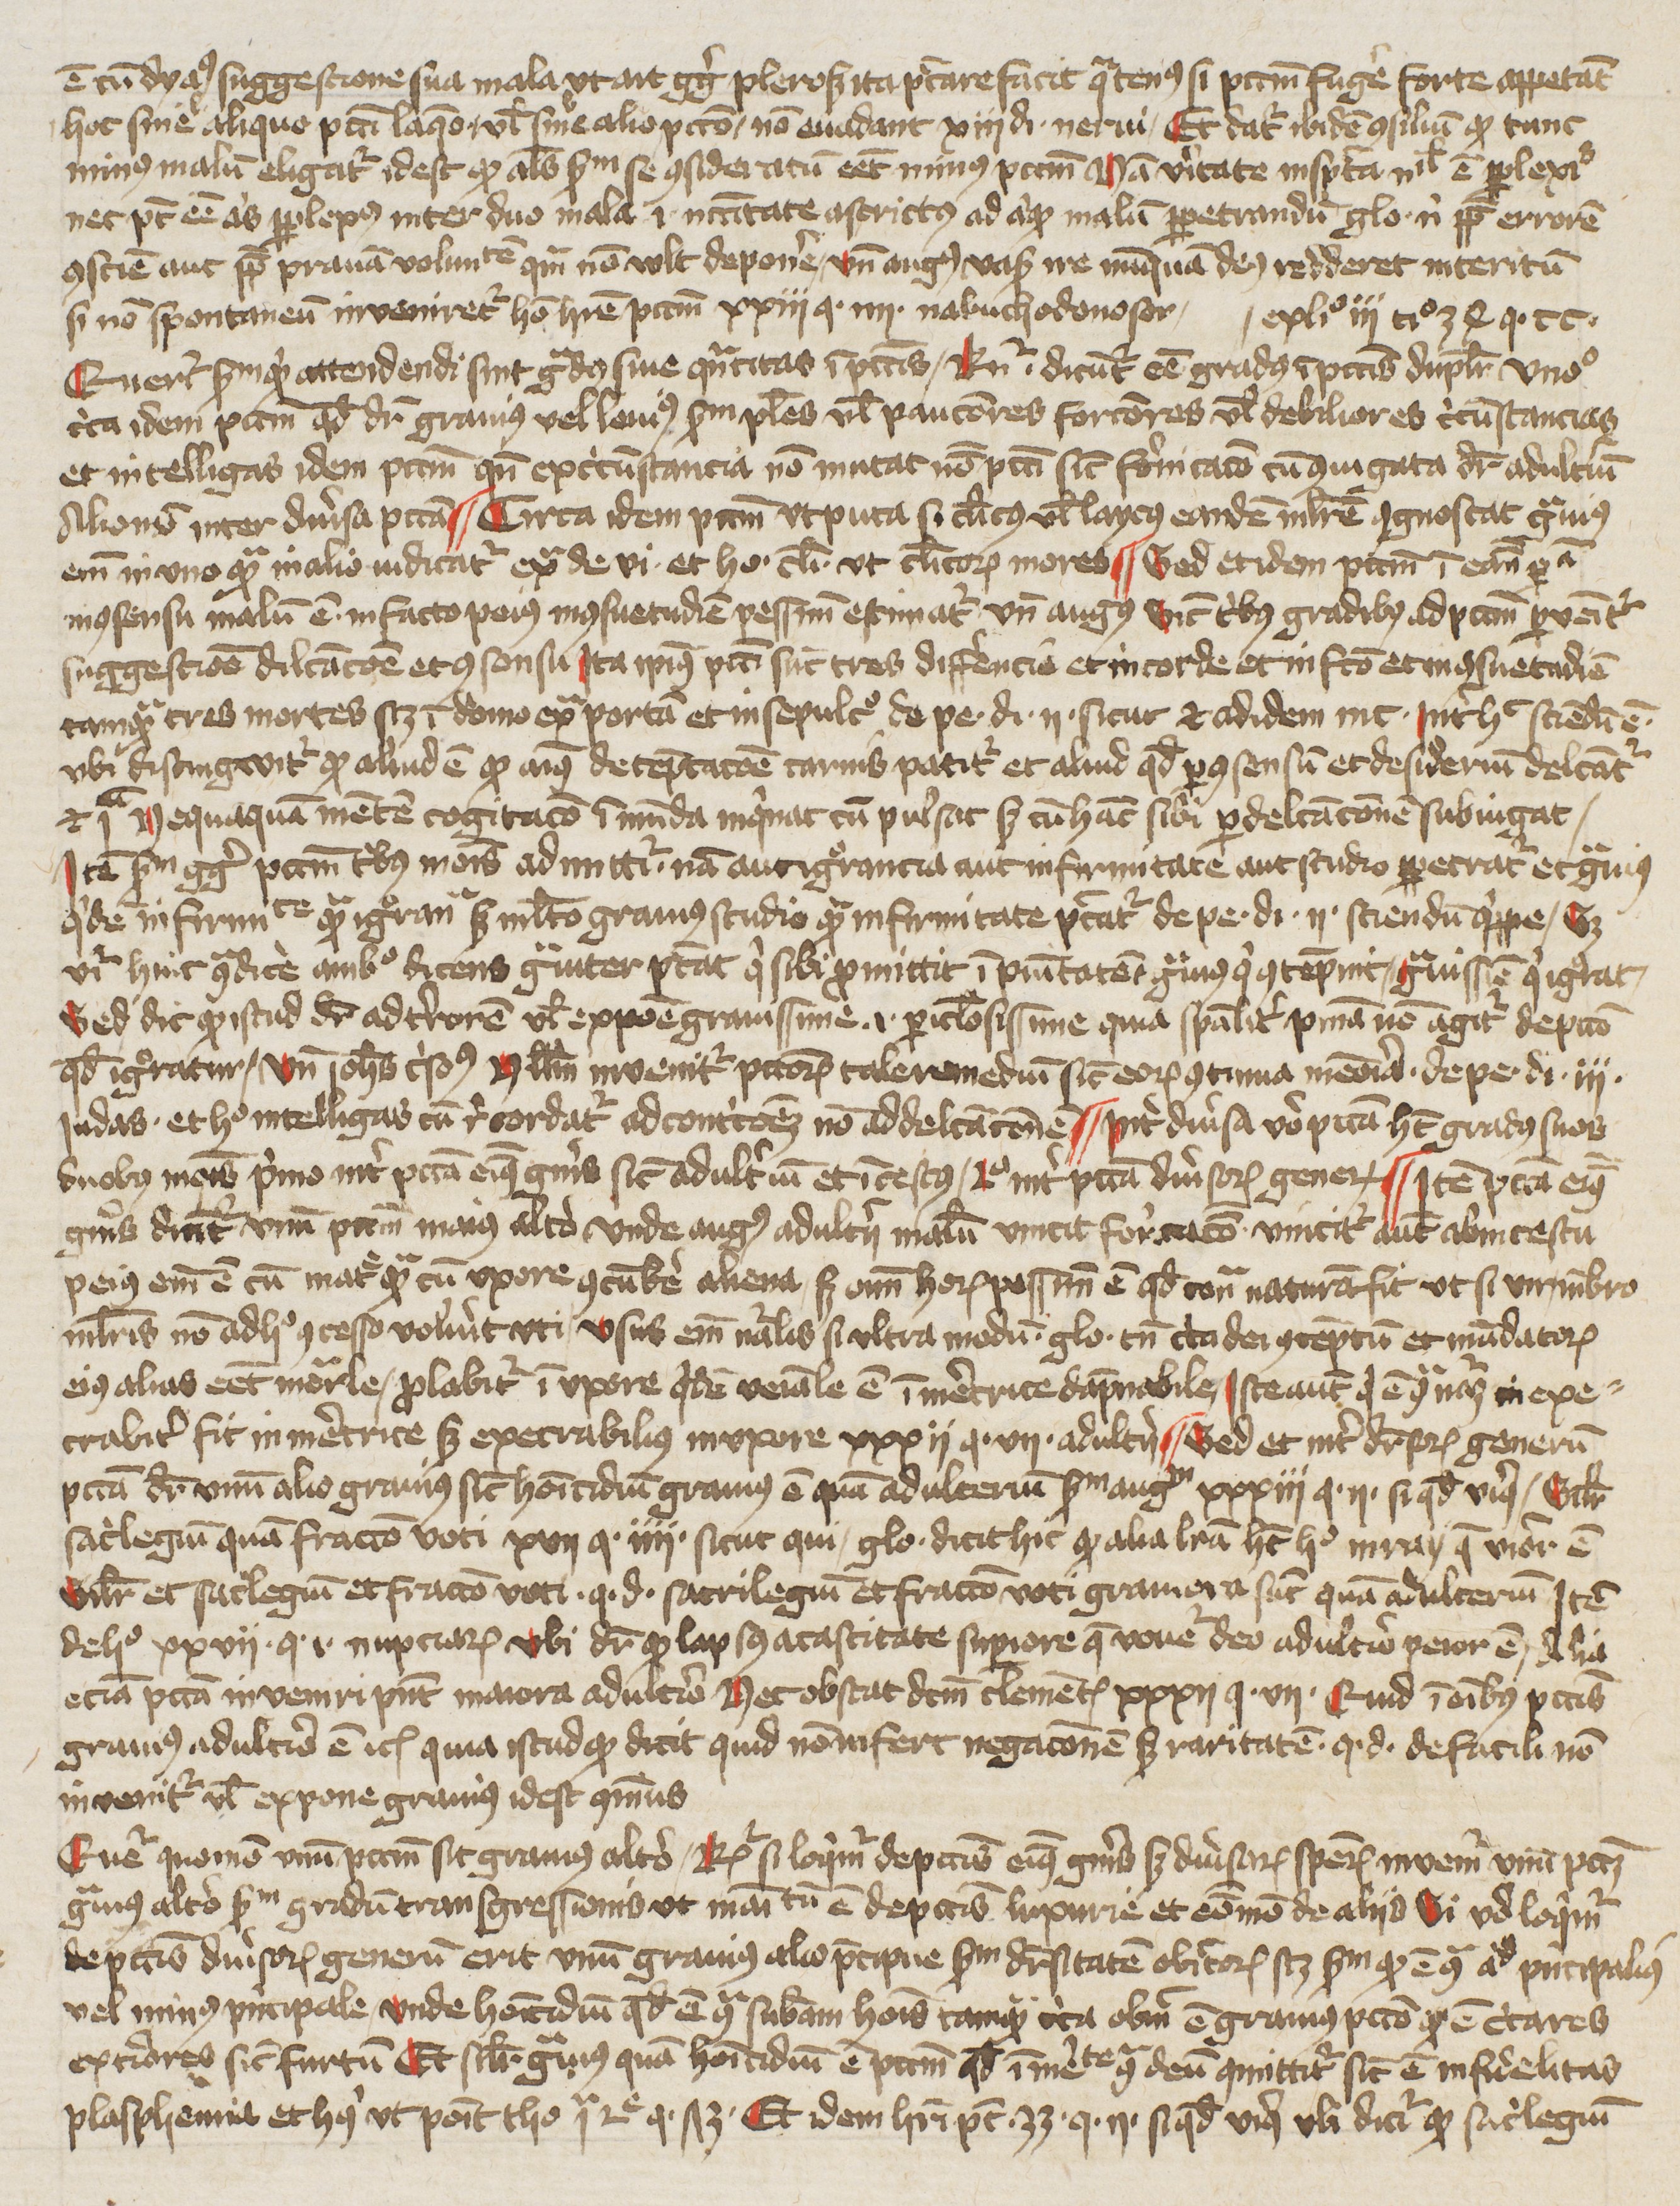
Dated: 1400–1449